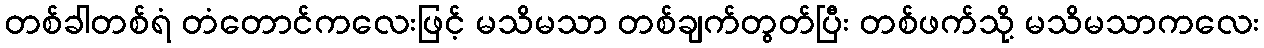
တစ်ခါတစ်ရံ တံတောင်ကလေးဖြင့် မသိမသာ တစ်ချက်တွတ်ပြီး တစ်ဖက်သို့ မသိမသာကလေး